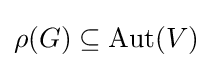
\rho (G)\subseteq {\text{Aut}}(V)